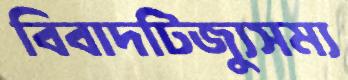
বিবাদটিজ্যুসম্য